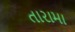
તારામા